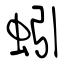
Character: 蚓